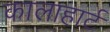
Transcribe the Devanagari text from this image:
कालाहार्ट